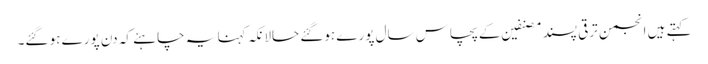
کہتے ہیں انجمن ترقی پسند مصنفین کے پچاس سال پورے ہوگئے حالانکہ کہنا یہ چاہئے کہ دن پورے ہو گئے۔